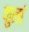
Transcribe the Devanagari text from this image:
फुलां